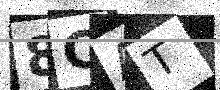
Text: 8CAT